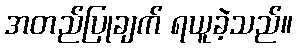
အတည်ပြုချက် ရယူခဲ့သည်။